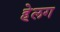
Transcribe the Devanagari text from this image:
हेलग